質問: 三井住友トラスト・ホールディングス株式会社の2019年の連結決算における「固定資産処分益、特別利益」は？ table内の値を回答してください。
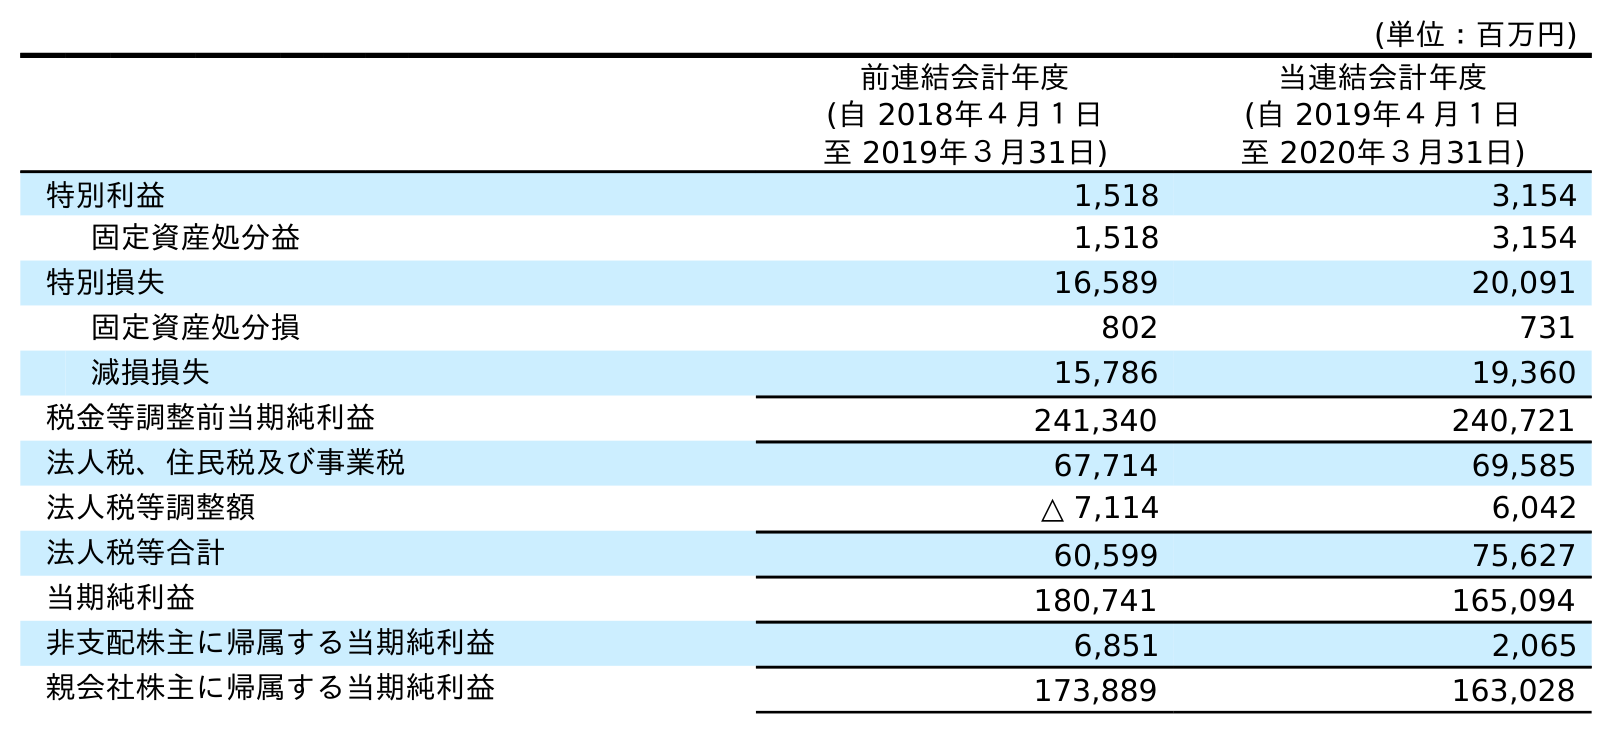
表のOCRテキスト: (単位：百万円) 前連結会計年度 (自 2018年４月１日 至 2019年３月31日) 当連結会計年度 (自 2019年４月１日 至 2020年３月31日) 特別利益 1,518 3,154 固定資産処分益 1,518 3,154 特別損失 16,589 20,091 固定資産処分損 802 731 減損損失 15,786 19,360 税金等調整前当期純利益 241,340 240,721 法人税、住民税及び事業税 67,714 69,585 法人税等調整額 △ 7,114 6,042 法人税等合計 60,599 75,627 当期純利益 180,741 165,094 非支配株主に帰属する当期純利益 6,851 2,065 親会社株主に帰属する当期純利益 173,889 163,028
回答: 1,518